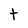
Character: t